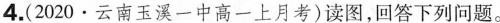
4.(2020 · 云南玉溪一中高一上月考)读图，回答下列问题。